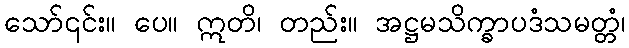
သော်၎င်း။ ပေ။ ဣတိ၊ တည်း။ အဋ္ဌမသိက္ခာပဒံသမတ္တံ၊